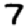
Digit: 7